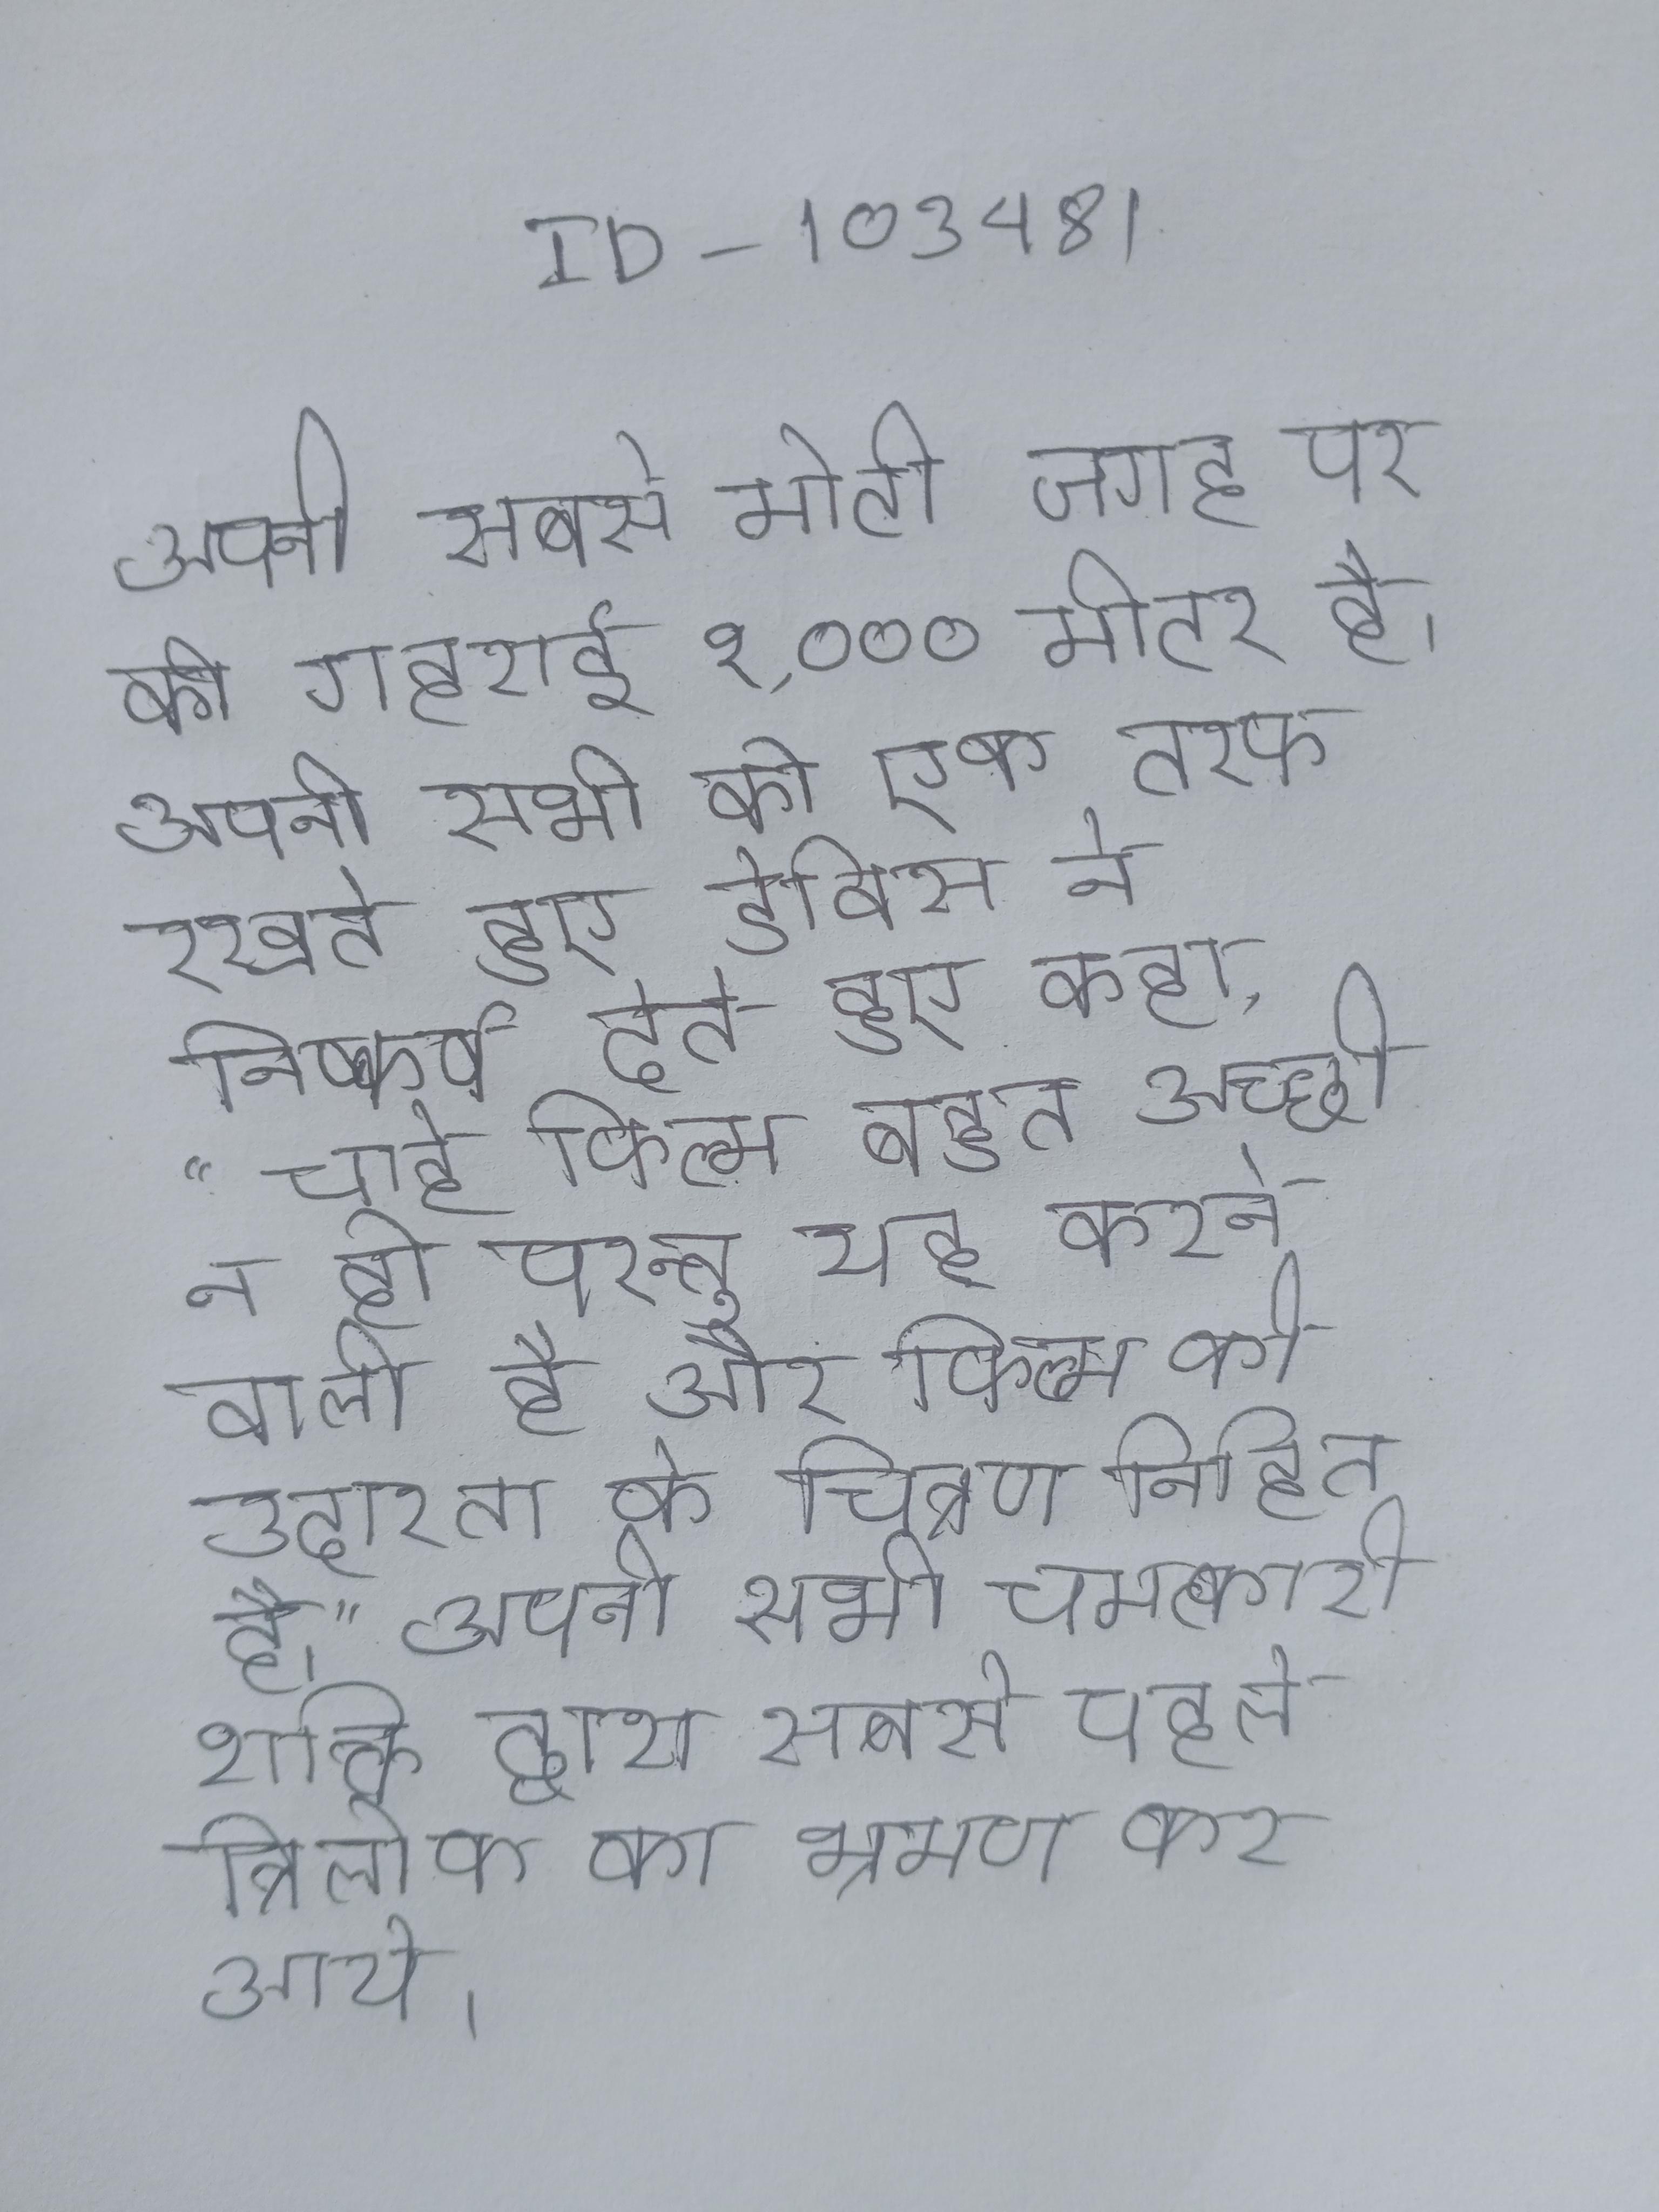
अपनी सबसे मोटी जगह पर की गहराई १,००० मीटर है । अपनी सभी को एक तरफ रखते हुए डेविस ने निष्कर्ष देते हुए कहा,"चाहे फिल्म बहुत अच्छी न हो परन्तु यह करने वाली है और फिल्म का हृदय, मिल्क की उदारता के चित्रण निहित है।" अपनी सभी चमत्कारी शक्ति द्वारा सबसे पहले त्रिलोक का भ्रमण कर आये ।